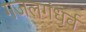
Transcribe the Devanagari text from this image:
गजलगंधर्व